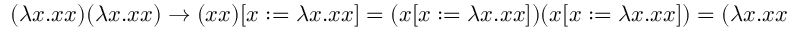
( \lambda x . x x ) ( \lambda x . x x ) \to ( x x ) [ x : = \lambda x . x x ] = ( x [ x : = \lambda x . x x ] ) ( x [ x : = \lambda x . x x ] ) = ( \lambda x . x x ) ( \lambda x . x x )